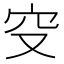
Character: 𥤦